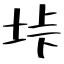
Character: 垰